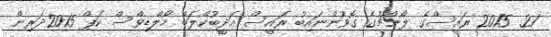
21